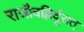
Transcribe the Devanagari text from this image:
रात्रौवह्रिर्दूरात्